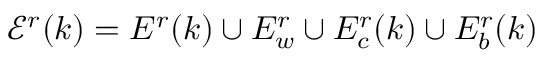
\mathcal E ^ { r } ( k ) = E ^ { r } ( k ) \cup E _ { w } ^ { r } \cup E _ { c } ^ { r } ( k ) \cup E _ { b } ^ { r } ( k )